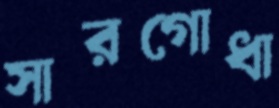
সারগোধা